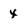
Character: x